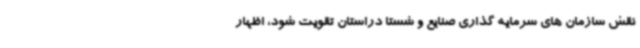
نقش سازمان های سرمایه گذاری صنایع و شستا دراستان تقویت شود، اظهار